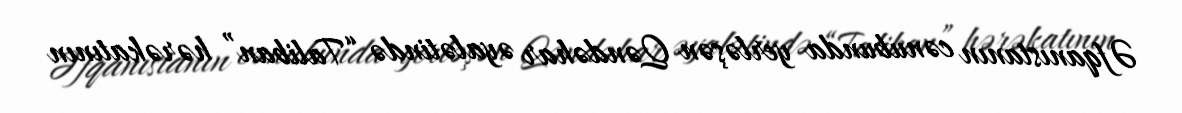
Əfqanıstanın cənubunda yerləşən Qəndəhar əyalətində “Taliban” hərəkatının